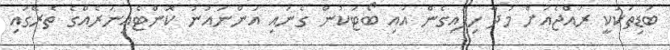
ބަޑިތަކަކީ ރައްޖެއަށް މުދާ ހިފައިގެން އައި ބޯޓަކުން ގެނައި އަންނައުނު ކޮންޓެއިނަރެއްގެ ތެރޭގައި